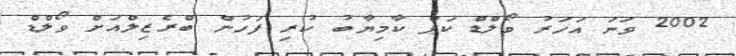
2002 ވަނަ އަހަރު ވޯލްޑް ކަޕް ކާމިޔާބު ކުރި ފަހުން ބްރެޒިލްއަށް ވޯލްޑް